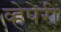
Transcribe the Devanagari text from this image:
व्हेपेरी